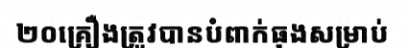
២០គ្រឿងត្រូវបានបំពាក់ធុងសម្រាប់